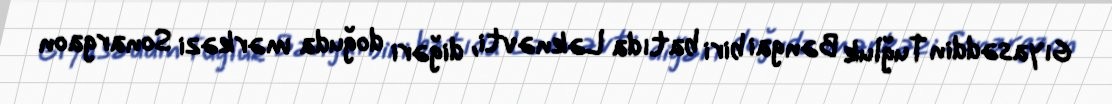
Gıyasəddin Tuğluk Bəngai biri batıda Ləknəvti, diğəri doğuda mərkəzi Sonargaon